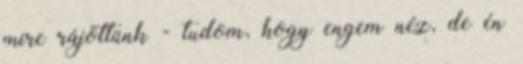
mire rájöttünk - tudom, hogy engem néz, de én